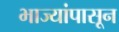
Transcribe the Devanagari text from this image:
भाज्यांपासून